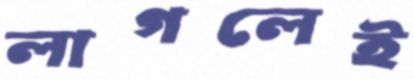
লাগলেই